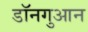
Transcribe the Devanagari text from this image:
डॉनगुआन